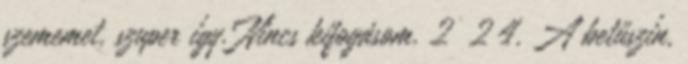
szememet, szuper így. Nincs kifogásom. 2 2 4. A betűszín,